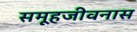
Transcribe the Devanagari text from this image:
समूहजीवनास